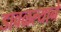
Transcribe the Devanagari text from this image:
डावळल्याने